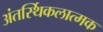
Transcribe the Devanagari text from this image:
अंतर्स्थिकलात्मक